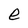
Character: e